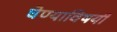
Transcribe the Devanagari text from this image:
घेण्‍याविषयी